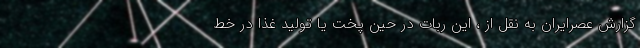
گزارش عصرایران به نقل از ، این ربات در حین پخت یا تولید غذا در خط